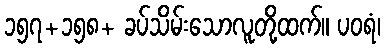
၁၅၇+၁၅၈+ ခပ်သိမ်းသောလူတို့ထက်။ ပဝရံ၊